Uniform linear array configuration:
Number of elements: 16
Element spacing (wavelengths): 0.25
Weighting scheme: hamming
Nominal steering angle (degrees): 15
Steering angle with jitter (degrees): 15.874
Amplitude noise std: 0.05
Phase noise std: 0.05

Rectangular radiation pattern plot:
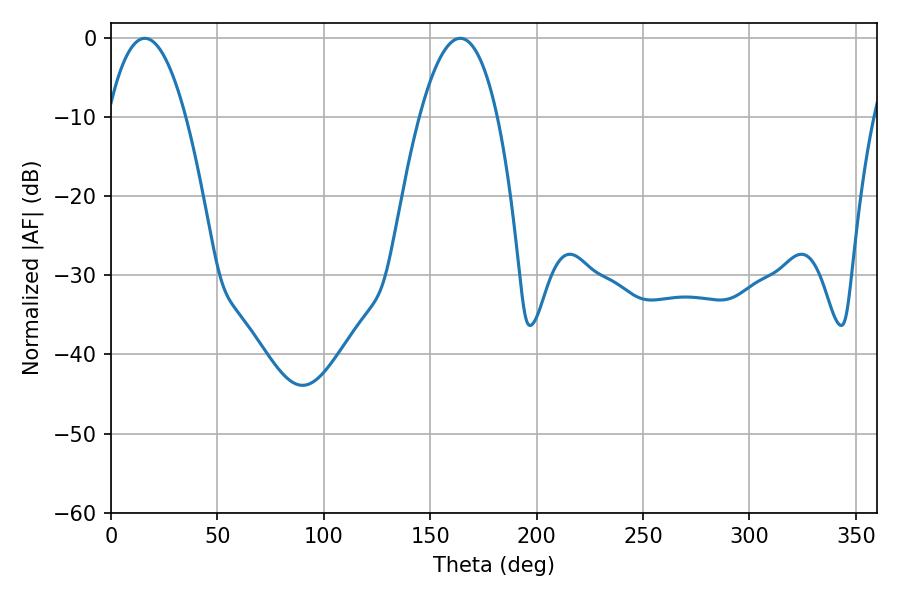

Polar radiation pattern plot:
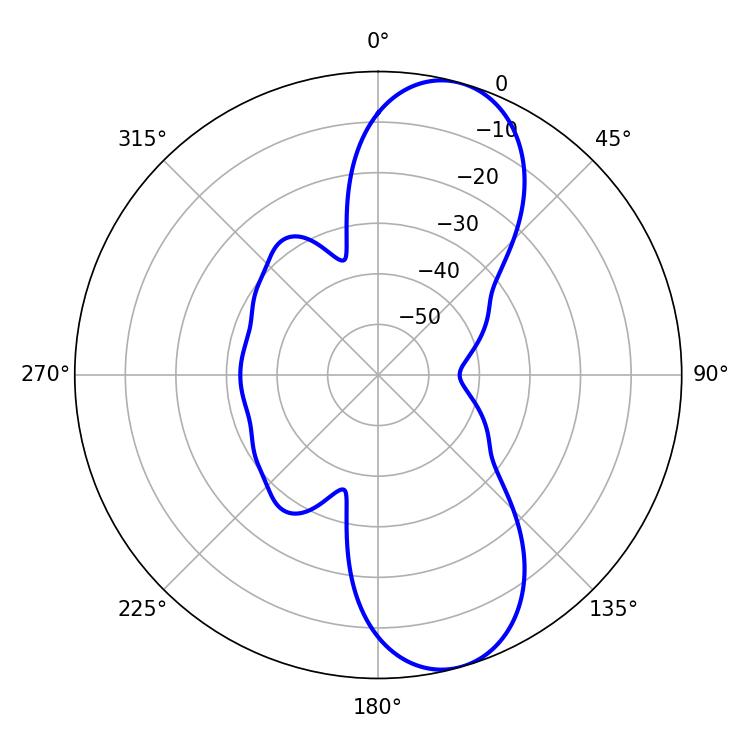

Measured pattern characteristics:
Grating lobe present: FALSE
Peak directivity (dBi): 9.786
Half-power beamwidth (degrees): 20.16
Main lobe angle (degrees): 15.84